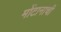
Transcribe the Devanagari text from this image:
मोंटानाची